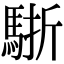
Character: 𩣩